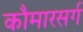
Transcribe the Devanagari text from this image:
कौमारसर्ग